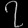
Digit: ၇